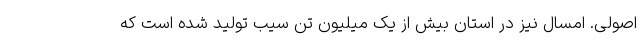
اصولی. امسال نیز در استان بیش از یک میلیون تن سیب تولید شده است که